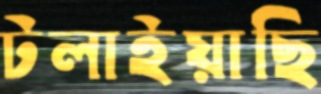
টলাইয়াছি